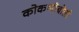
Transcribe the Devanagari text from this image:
कोकणीबोली